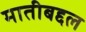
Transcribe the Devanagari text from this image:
मातीबद्दल